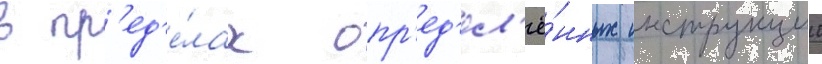
в пр'ед'е́лах опр'ед'ел'ё́нных инструкции